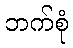
ဘက်စုံ